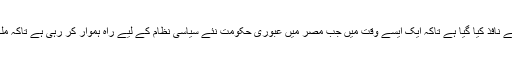
سیاسی تجزیہ کاروں کا کہنا ہے کہ یہ نیا قانون اس لیے نافذ کیا گیا ہے تاکہ ایک ایسے وقت میں جب مصر میں عبوری حکومت نئے سیاسی نظام کے لیے راہ ہموار کر رہی ہے تاکہ ملک میں دوبارہ 2011ء جیسے حالات پیدا نہ ہو سکیں۔